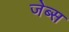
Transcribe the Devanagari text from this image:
जेब्स